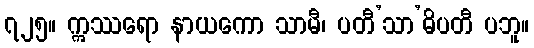
၇၂၅။ ဣဿရော နာယကော သာမီ၊ ပတီ’သာ’ဓိပတီ ပဘူ။